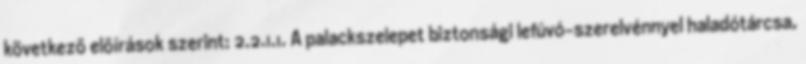
következõ elõírások szerint: 2.2.1.1. A palackszelepet biztonsági lefúvó-szerelvénnyel haladótárcsa,